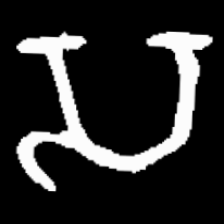
Pyu character \u2014 Myanmar letter: သ (romanized: sa)